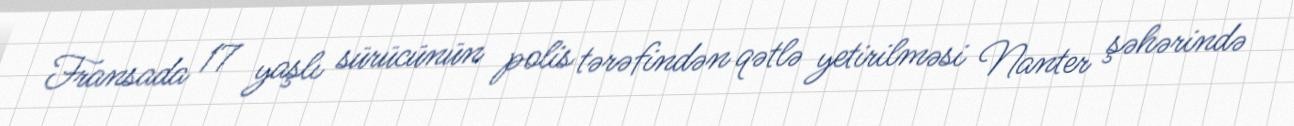
Fransada 17 yaşlı sürücünün polis tərəfindən qətlə yetirilməsi Nanter şəhərində